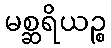
မစ္ဆရိယဉ္စ